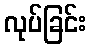
လုပ်ခြင်း